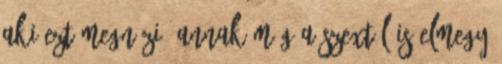
Aki ezt megnézi, annak még a szextől is elmegy